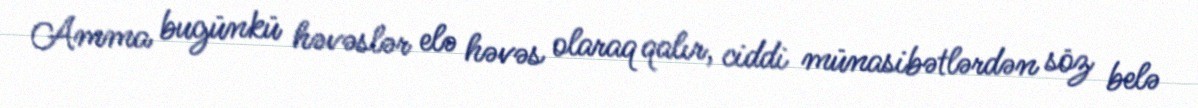
Amma bugünkü həvəslər elə həvəs olaraq qalır, ciddi münasibətlərdən söz belə